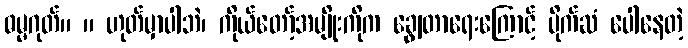
ဓမ္မဂုတ်။ ။ ဟုတ်မှာပါဘဲ၊ ကိုယ်တော့်အမျိုးကိုက ချွေတာရေးကြောင့် ပိုက်ဆံ ပေါနေတဲ့